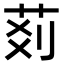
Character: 𦮓